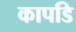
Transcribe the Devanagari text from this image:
कापडि